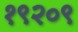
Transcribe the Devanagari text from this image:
१९२०९